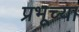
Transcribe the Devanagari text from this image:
प्रभूच्या